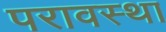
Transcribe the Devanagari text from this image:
परावस्था